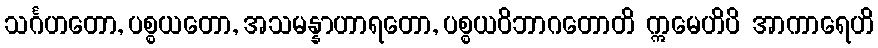
သင်္ဂဟတော, ပစ္စယတော, အသမန္နာဟာရတော, ပစ္စယဝိဘာဂတောတိ ဣမေဟိပိ အာကာရေဟိ